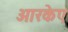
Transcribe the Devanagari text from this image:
आरकेए